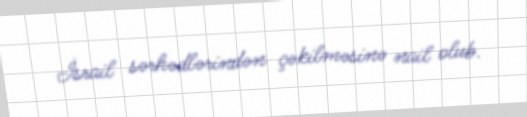
İsrail sərhədlərindən çəkilməsinə nail olub.